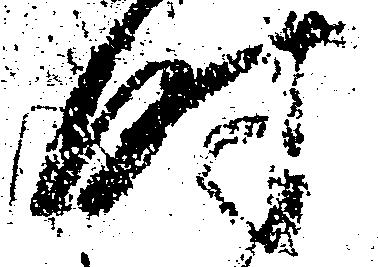
時